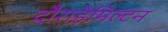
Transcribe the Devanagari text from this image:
दौराहेमिल्टन